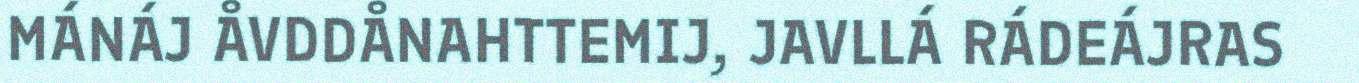
MÁNÁJ ÅVDDÅNAHTTEMIJ, JAVLLÁ RÁDEÁJRAS